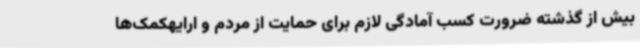
بیش از گذشته ضرورت کسب آمادگی لازم برای حمایت از مردم و ارایهکمک‌ها